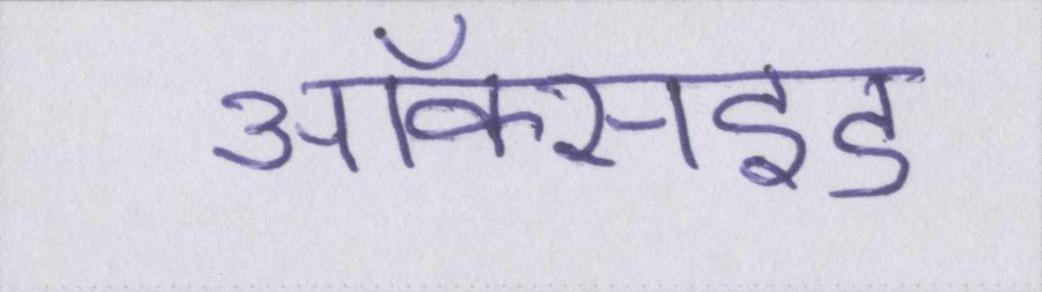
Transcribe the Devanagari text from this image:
ऑक्साइड